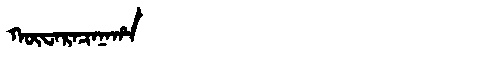
Manchu: ᡴᡡᠸᠠᡵᠠᠴᠠᠨᠠᡥᠠ
Romanization: KŪWARACANAHA